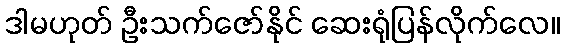
ဒါမဟုတ် ဦးသက်ဇော်နိုင် ဆေးရုံပြန်လိုက်လေ။